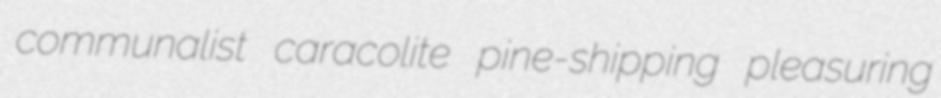
communalist caracolite pine-shipping pleasuring